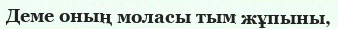
Деме оның моласы тым жұпыны,